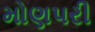
મોણપરી